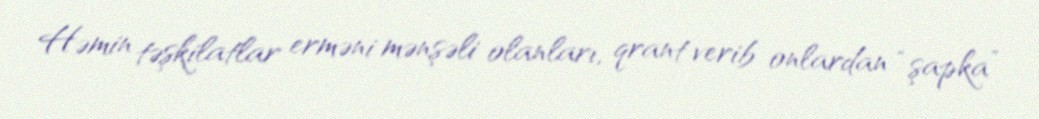
Həmin təşkilatlar erməni mənşəli olanları, qrant verib onlardan “şapka”